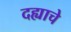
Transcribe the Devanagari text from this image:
दह्याचे